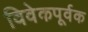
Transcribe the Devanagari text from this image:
विवेकपूर्वक